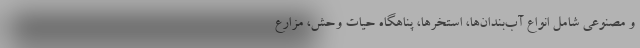
و مصنوعی شامل انواع آب‌بندان‌ها، استخرها، پناهگاه حیات وحش، مزارع